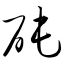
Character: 砘